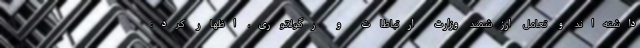
داشته‌اند و تعامل ارزشمند وزارت ارتباطات و رگولاتوری، اظهار کرد: